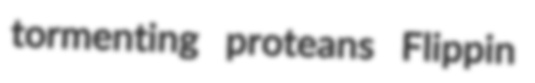
tormenting proteans Flippin